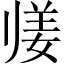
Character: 𱍴